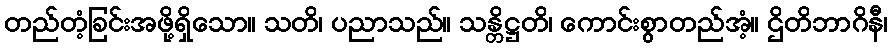
တည်တံ့ခြင်းအဖို့ရှိသော။ သတိ၊ ပညာသည်။ သန္တိဋ္ဌတိ၊ ကောင်းစွာတည်အံ့။ ဌိတိဘာဂိနီ၊